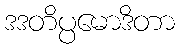
ဒဒတိပ္ပမောဒိတာ